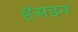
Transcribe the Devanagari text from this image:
हंसडन